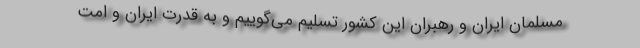
مسلمان ایران و رهبران این کشور تسلیم می‌گوییم و به قدرت ایران و امت